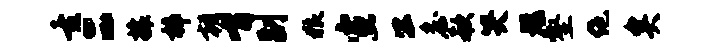
重二攘梓朝喟副狼宣公詹欷哭短壑绝矣